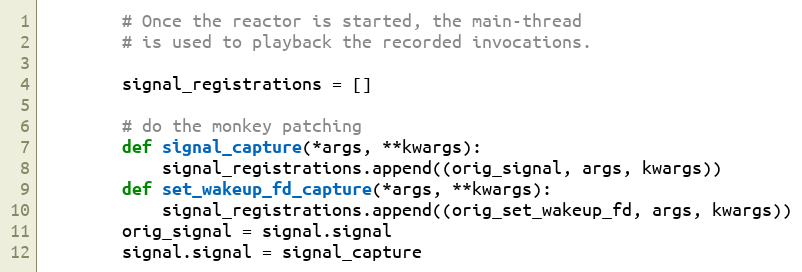
Language: Python
        # Once the reactor is started, the main-thread
        # is used to playback the recorded invocations.

        signal_registrations = []

        # do the monkey patching
        def signal_capture(*args, **kwargs):
            signal_registrations.append((orig_signal, args, kwargs))
        def set_wakeup_fd_capture(*args, **kwargs):
            signal_registrations.append((orig_set_wakeup_fd, args, kwargs))
        orig_signal = signal.signal
        signal.signal = signal_capture